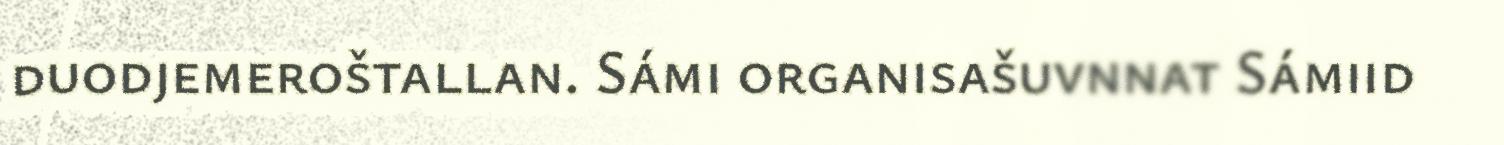
duodjemeroštallan. Sámi organisašuvnnat Sámiid